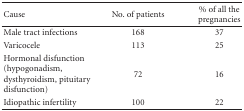
<table><thead><tr><td><b> Cause</b></td><td><b>No. of patients</b></td><td><b>% of all the pregnancies</b></td></tr></thead><tbody><tr><td>Male tract infections</td><td>168</td><td>37</td></tr><tr><td>Varicocele</td><td>113</td><td>25</td></tr><tr><td>Hormonal disfunction (hypogonadism, dysthyroidism, pituitary disfunction)</td><td>72</td><td>16</td></tr><tr><td>Idiopathic infertility</td><td>100</td><td>22</td></tr></tbody></table>